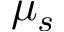
\mu _ { s }